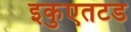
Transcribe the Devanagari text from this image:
इकुएतटड